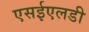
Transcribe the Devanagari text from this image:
एसईएलडी